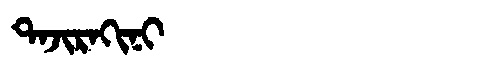
Manchu: ᡨᠠᠵᡳᡵᠠᡴᡳᠨᡳ
Romanization: TAJIRAKINI